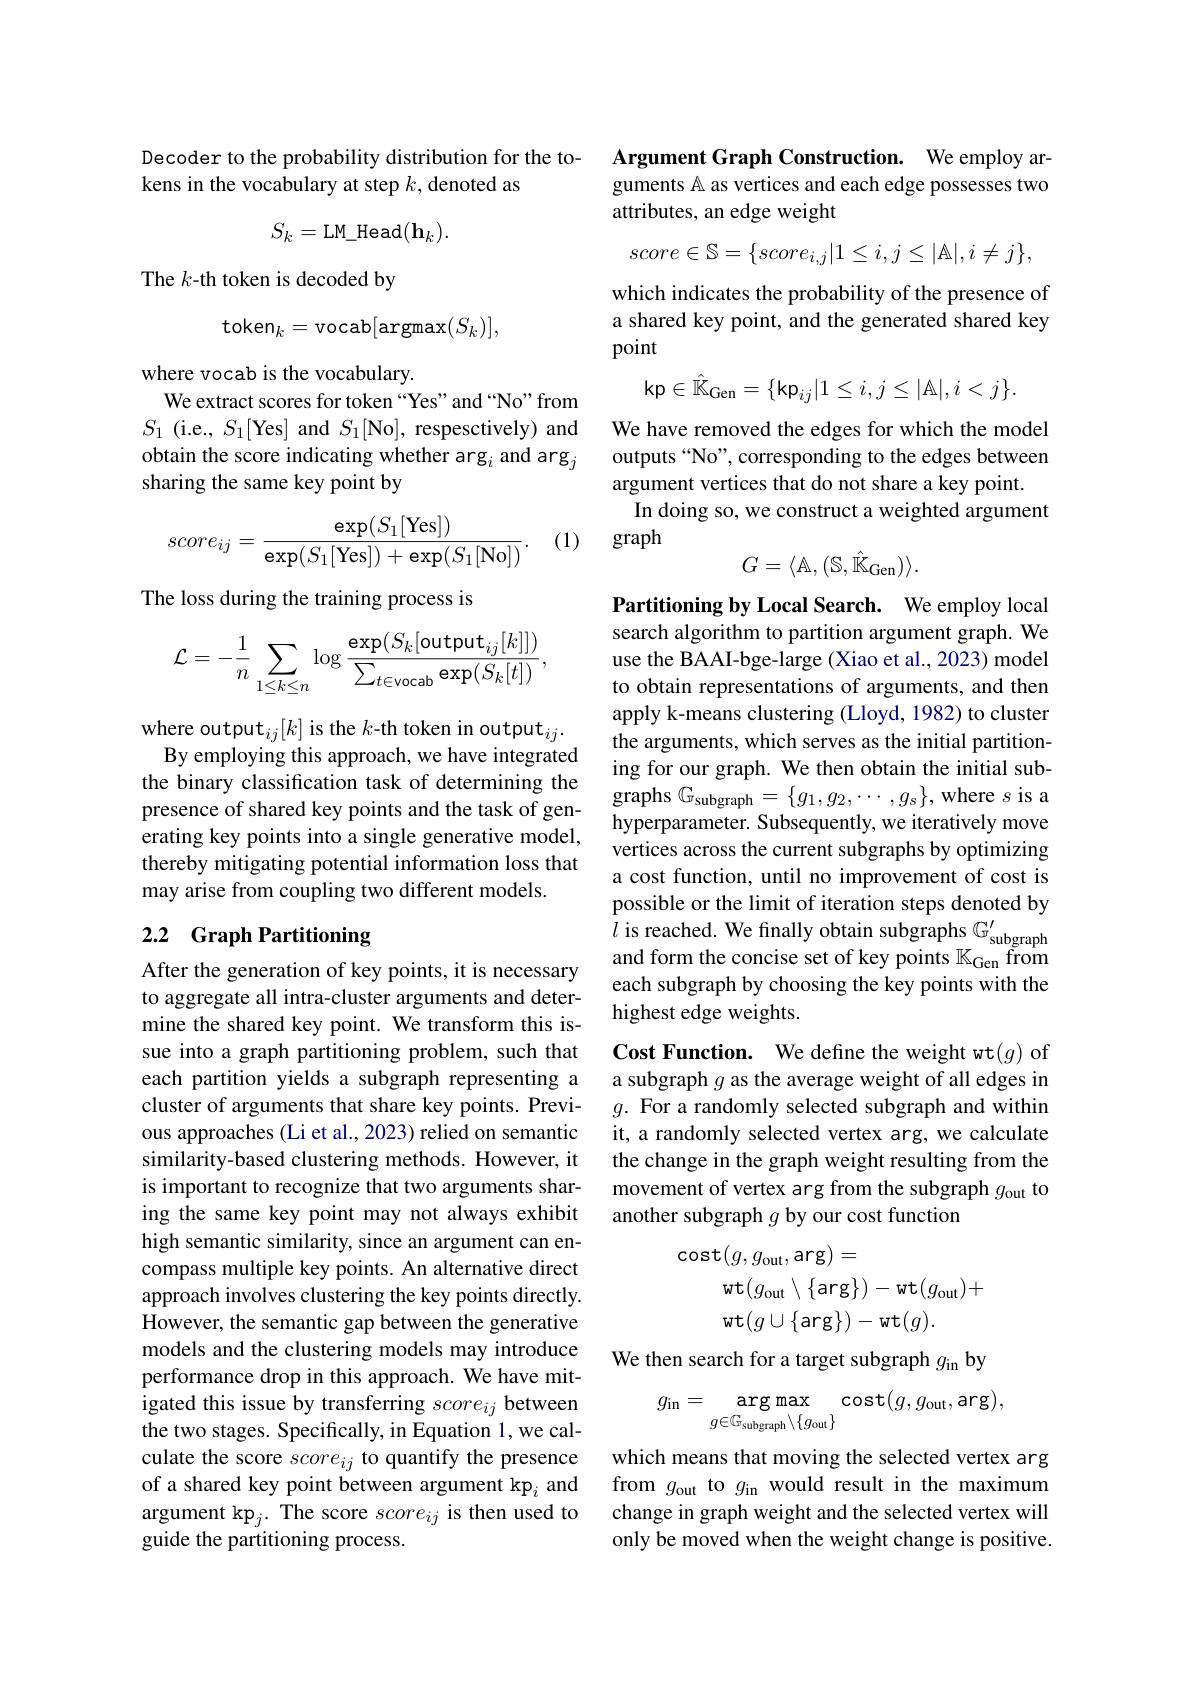
Decoder to the probability distribution for the to-
kens in the vocabulary at step $k$, denoted as
$$S_k=\mathrm{LM_Head}(\mathbf{h}_k).$$
The $k$-th token is decoded by
$$\mathrm{token}_{k}=\mathrm{vocab}[\mathrm{argmax}(S_{k})],$$
where vocab is the vocabulary.
We extract scores for token “Yes”and“No”from $S_{1}$ (i.e., $S_1[$Yes] and $S_1[$No], respesctively) and obtain the score indicating whether arg$_i$ and arg$_j$ sharing the same key point by

(1)
$$score_{ij}=\frac{\exp(S_1[\mathrm{Yes}])}{\exp(S_1[\mathrm{Yes}])+\exp(S_1[\mathrm{No}])}.$$
The loss during the training process is
$$\mathcal{L}=-\frac{1}{n}\sum_{1\leq k\leq n}\log\frac{\exp(S_{k}[\mathrm{output}_{ij}[k]])}{\sum_{t\in\mathrm{vocab}}\exp(S_{k}[t])},$$
where output$_ij[k]$ is the $k$-th token in output$_ij.$
By employing this approach, we have integrated the binary classification task of determining the presence of shared key points and the task of generating key points into a single generative model, thereby mitigating potential information loss that may arise from coupling two different models.

## 2.2 Graph Partitioning

After the generation of key points, it is necessary to aggregate all intra-cluster arguments and determine the shared key point. We transform this issue into a graph partitioning problem, such that each partition yields a subgraph representing a cluster of arguments that share key points. Previous approaches (Li et al., 2023) relied on semantic similarity-based clustering methods. However, it is important to recognize that two arguments sharing the same key point may not always exhibit high semantic similarity, since an argument can encompass multiple key points. An alternative direct approach involves clustering the key points directly. However, the semantic gap between the generative models and the clustering models may introduce performance drop in this approach. We have mitigated this issue by transferring $score_{ij}$ between the two stages. Specifically, in Equation 1, we calculate the score $score_{ij}$ to quantify the presence of a shared key point between argument kp$_i$ and argument kp$_j.$ The score $score_ij$ is then used to guide the partitioning process.

Argument Graph Construction. We employ arguments $\mathbb{A}$ as vertices and each edge possesses two## attributes, an edge weight
$$score\in\mathbb{S}=\{score_{i,j}|1\leq i,j\leq|\mathbb{A}|,i\neq j\},$$
which indicates the probability of the presence of a shared key point, and the generated shared key point
$$\mathrm{kp}\in\hat{\mathbb{K}}_{\mathrm{Gen}}=\{\mathrm{kp}_{ij}|1\leq i,j\leq|\mathbb{A}|,i<j\}.$$
We have removed the edges for which the model outputs“No”, corresponding to the edges between argument vertices that do not share a key point.
In doing so, we construct a weighted argument
graph
$$G=\langle\mathbb{A},(\mathbb{S},\hat{\mathbb{K}}_{\mathrm{Gen}})\rangle.$$
Partitioning by Local Search. We employ local search algorithm to partition argument graph. We use the BAAI-bge-large (Xiao et al., 2023) model to obtain representations of arguments, and then apply k-means clustering (Lloyd, 1982) to cluster the arguments, which serves as the initial partitioning for our graph. We then obtain the initial subgraphs $\mathbb{G}_\text{subgraph}=\{g_1,g_2,\cdots,g_s\}$, where $s$ is a hyperparameter. Subsequently, we iteratively move vertices across the current subgraphs by optimizing a cost function, until no improvement of cost is possible or the limit of iteration steps denoted by $l$ is reached. We finally obtain subgraphs $\mathbb{G} _{\mathrm{subgraph}}^{\prime }$ and form the concise set of key points $\mathbb{K} _{\mathrm{Gen}}$ from each subgraph by choosing the key points with the highest edge weights.

Cost Function. We define the weight wt(g) of a subgraph $g$ as the average weight of all edges in $g.$ For a randomly selected subgraph and within it, a randomly selected vertex arg, we calculate the change in the graph weight resulting from the movement of vertex arg from the subgraph $g_\mathrm{out}$ to another subgraph $g$ by our cost function
$$\begin{aligned}\mathsf{cost}(g,g_{\mathrm{out}},\mathsf{arg})&=\\&\mathrm{wt}(g_{\mathrm{out}}\setminus\{\mathrm{arg}\})-\mathrm{wt}(g_{\mathrm{out}})+\\&\mathrm{wt}(g\cup\{\mathrm{arg}\})-\mathrm{wt}(g).\end{aligned}$$
We then search for a target subgraph $g_\mathrm{in}$ by
$$g_{\mathrm{in}}=\arg\max_{g\in\mathbb{G}_{\mathrm{subgraph}}\setminus\{g_{\mathrm{out}}\}}\cos(g,g_{\mathrm{out}},\arg),$$
which means that moving the selected vertex arg from $g_\mathrm{out}$ to $g_\mathrm{in}$ would result in the maximum change in graph weight and the selected vertex will only be moved when the weight change is positive.